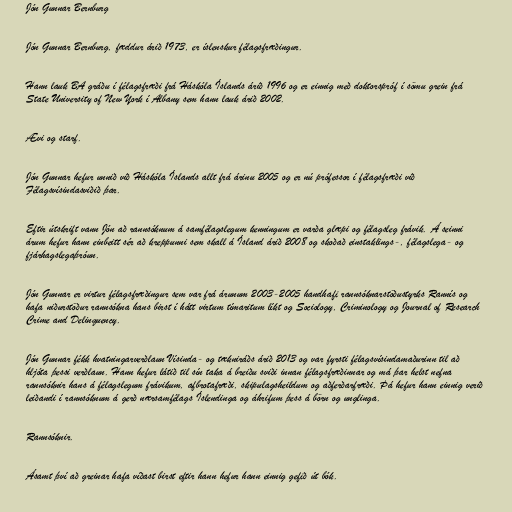
Jón Gunnar Bernburg

Jón Gunnar Bernburg, fæddur árið 1973, er íslenskur félagsfræðingur.

Hann lauk BA gráðu í félagsfræði frá Háskóla Íslands árið 1996 og er einnig með doktorspróf í sömu grein frá
State University of New York í Albany sem hann lauk árið 2002.

Ævi og starf.

Jón Gunnar hefur unnið við Háskóla Íslands allt frá árinu 2005 og er nú prófessor í félagsfræði við
Félagsvísindasviðið þar.

Eftir útskrift vann Jón að rannsóknum á samfélagslegum kenningum er varða glæpi og félagsleg frávik. Á seinni
árum hefur hann einbeitt sér að kreppunni sem skall á Ísland árið 2008 og skoðað einstaklings-, félagslega- og
fjárhagslegaþróun.

Jón Gunnar er virtur félagsfræðingur sem var frá árunum 2003-2005 handhafi rannsóknarstöðustyrks Rannís og
hafa niðurstöður rannsókna hans birst í hátt virtum tímaritum líkt og Sociology, Criminology og Journal of Research
Crime and Delinquency.

Jón Gunnar fékk hvatningarverðlaun Vísinda- og tækniráðs árið 2013 og var fyrsti félagsvísindamaðurinn til að
hljóta þessi verðlaun. Hann hefur látið til sín taka á breiðu sviði innan félagsfræðinnar og má þar helst nefna
rannsóknir hans á félagslegum frávikum, afbrotafræði, skipulagsheildum og aðferðarfræði. Þá hefur hann einnig verið
leiðandi í rannsóknum á gerð nærsamfélags Íslendinga og áhrifum þess á börn og unglinga.

Rannsóknir.

Ásamt því að greinar hafa víðast birst eftir hann hefur hann einnig gefið út bók.